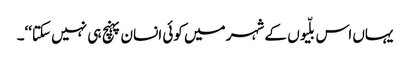
یہاں اس بلّیوں کے شہر میں کوئی انسان پہنچ ہی نہیں سکتا‘‘۔